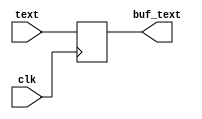
module buf_128 (
	input [127:0] text,
	input clk,
	output reg [127:0] buf_text);

always @(posedge clk) begin
buf_text<=text;
end
endmodule